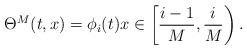
\begin{align*} \Theta^M(t,x) = \phi_i(t)x\in \left[\frac{i-1}M, \frac iM\right).\end{align*}